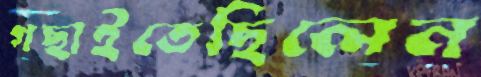
গছাইতেছিলেন